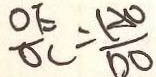
\frac { O E } { O C } = \frac { A O } { D O }